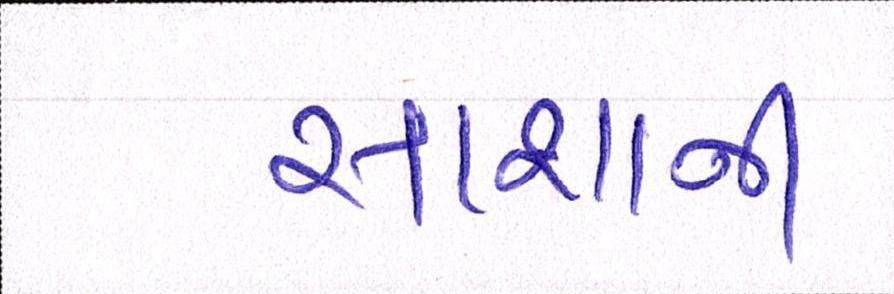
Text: સાશાની